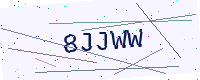
Text: 8JJWW